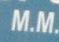
m.m